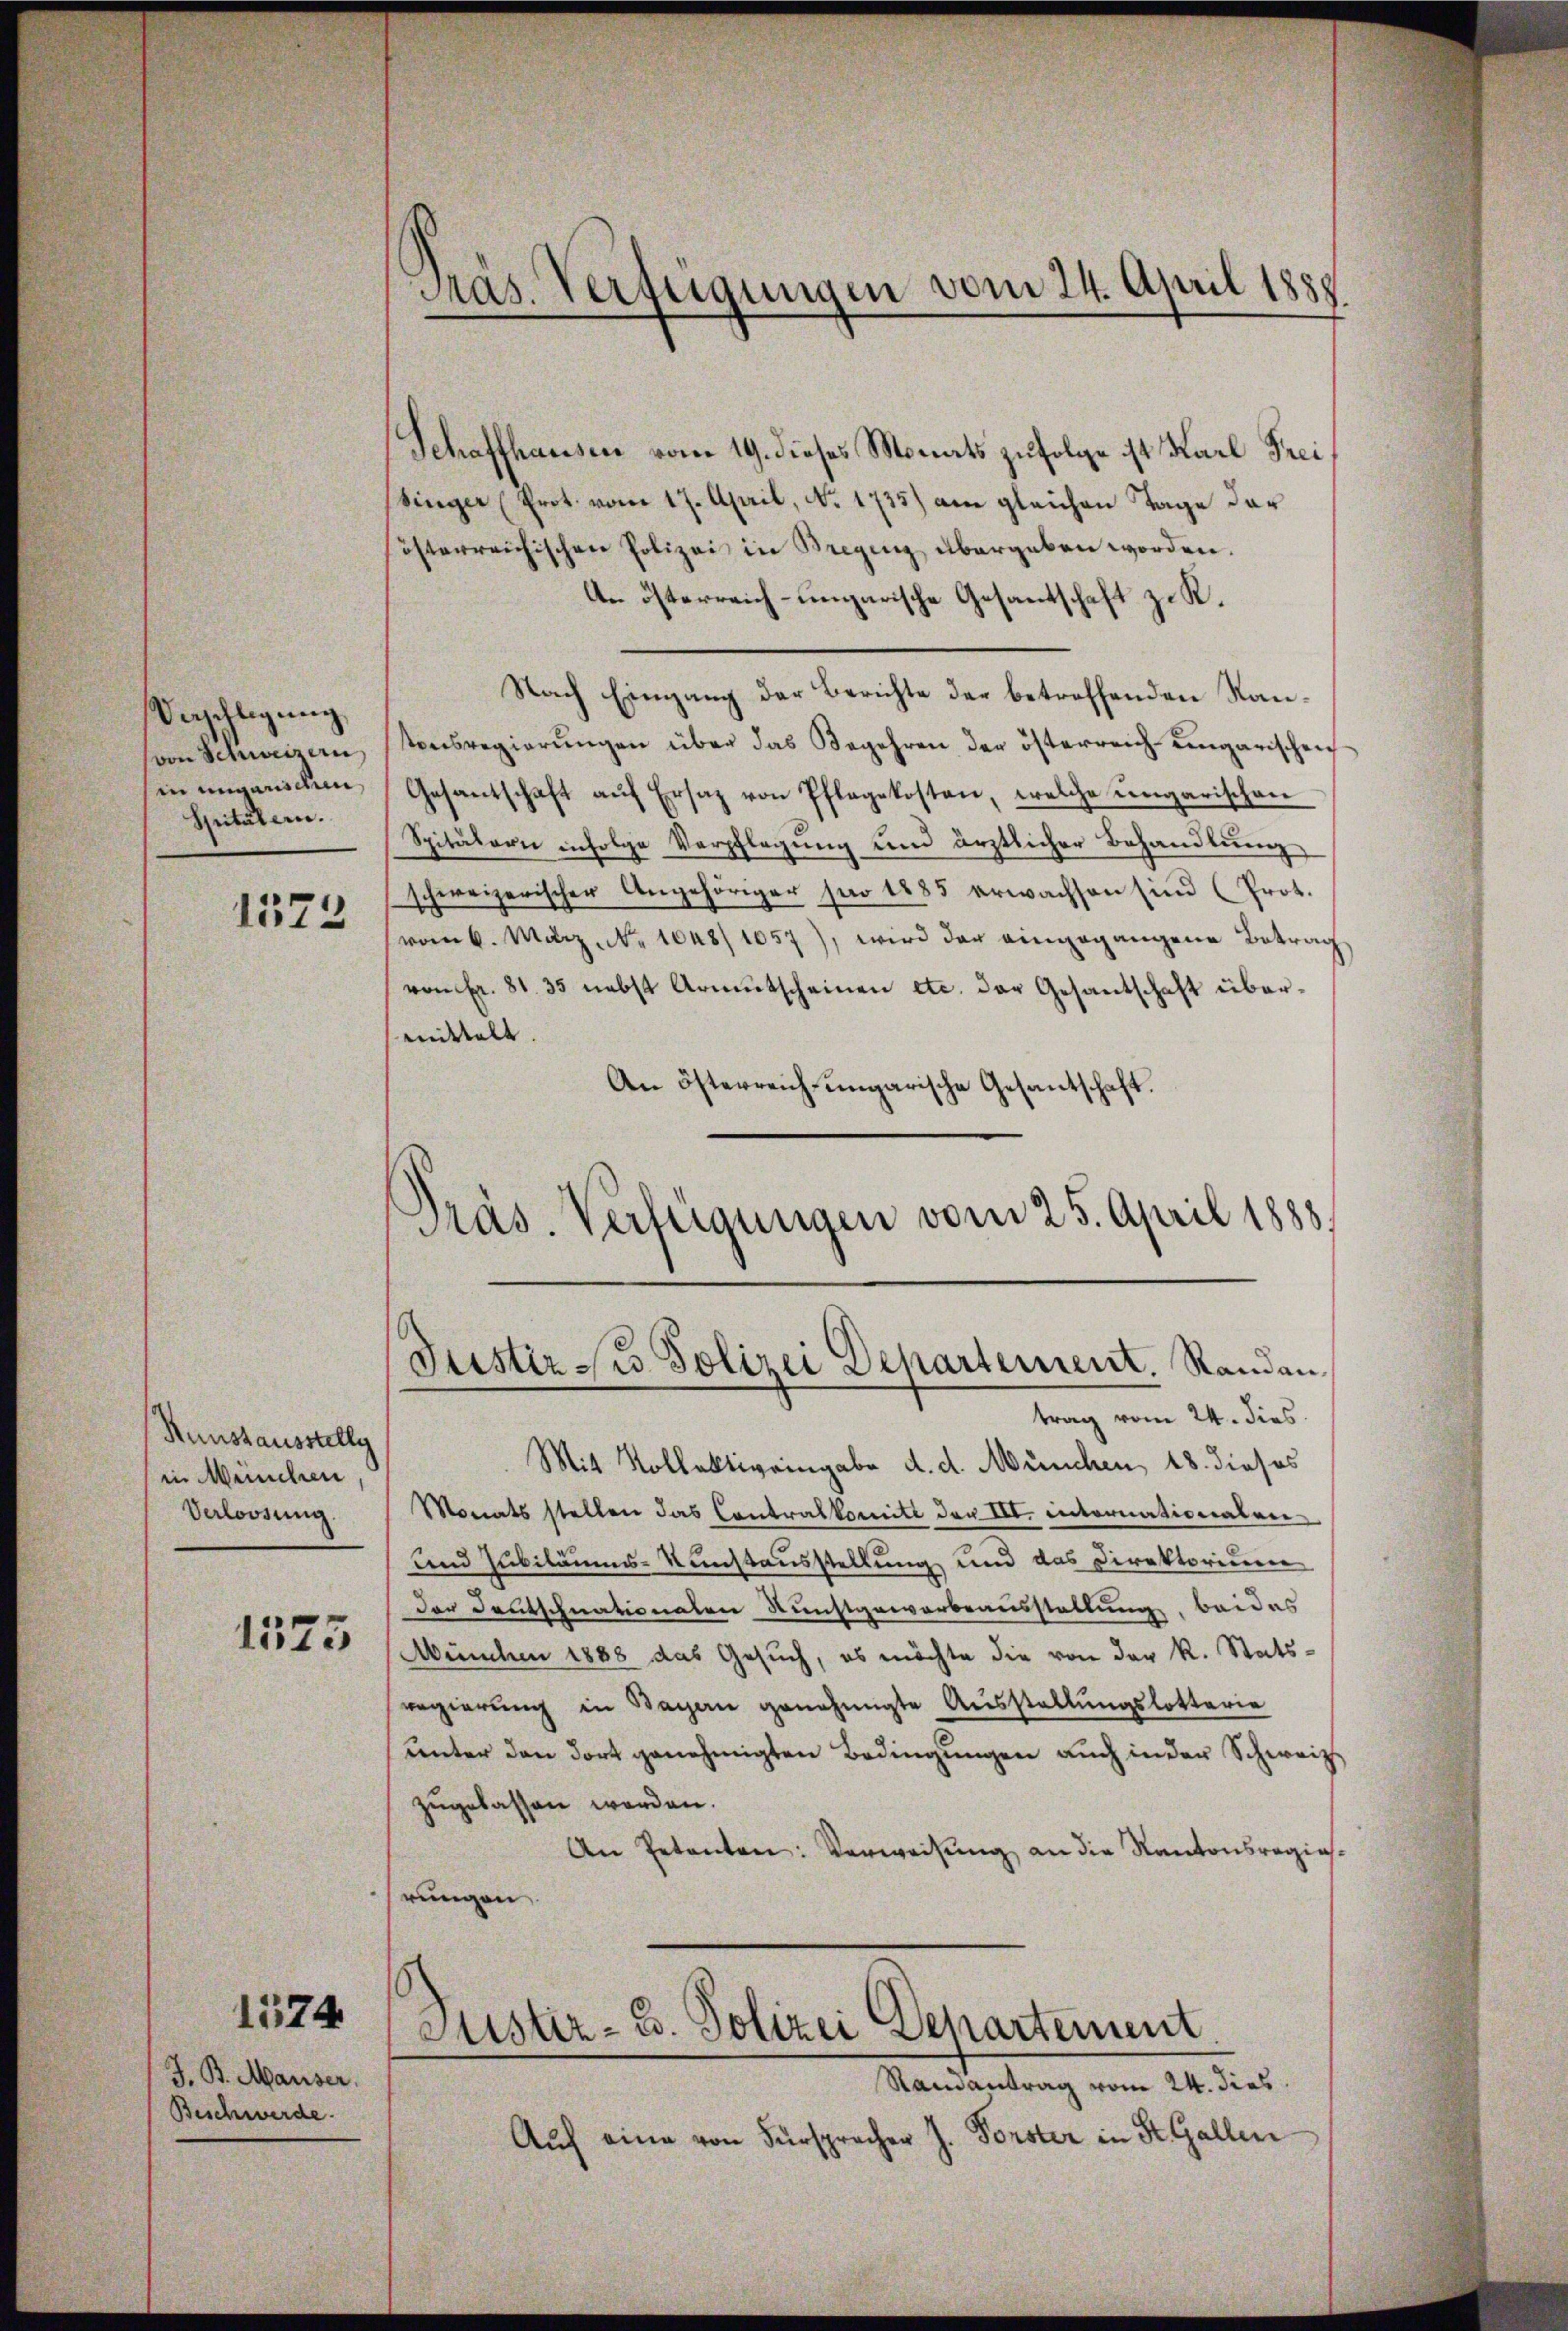
Vorschlegŭng
von Schweizern,
in ungarischen
Spitälern.

1523

Aunstausstellg
in Menschen,
Verloosung

1575

1574

J. B. Mauser.
Beschwerde.

Präs. Verfügungen vom 24. April 1889.

Schaffhausen vom 19. dieses Monats zufolge ist Karl Freisinger (Prot. vom 17. April, No. 1735) am gleichen Tage der
österreichischen Polizei in Bregenz übergeben worden.
A. österreich-ungarische Gesandschaft z. K.
Nach Eingang der Berichte der betreffenden Kantonsregierungen über das Begehren der österreich ungarischen
Gesantschaft aŭf Ersatz von Pflegekosten, welche ungarischen
Spitälern infolge Verpflegung und ärztlicher Behandlung
schweizerischer Angehöriger für 1885 erwachsen sind (Prot.
vom 6. März. Nr. 1048/1057), wird der eingegangene Betrag
von Fr. 81. 35 nebst Armutscheinen etc. der Gesantschaft übermittelt.
An Österreich-ungarische Gesantschaft.
Präs. Verfügungen vom 25. April 1888.

Justir des Polizei Departement. Randan¬

trag vom 24. dies
Mit Kollektiveingabe d. d. München, 18. dieses
Monats stellen das Contralkomitt der III. internationalen-
und Jubiläums-Kunstausstellung und das Direktorium
Der Deutschnationalen Kunstgewarbeausstellung, bei das
München 1888 das Gesŭch, es möchte die von der R. Statsregierung in Bagen genehmigte Ausstellungslotteria
unter den dort genehmigten Bedingungen auch in der Schweize
zugelassen werden.
An Petenten: Verweisŭng an die Kantonsregias.
rungen
Sistiz- u. Polizei Departement
Samantrag vom 24. dies
Auf eine von Fürsprecher J. Forster in St. Gallen